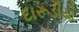
દારૂડીયો